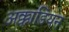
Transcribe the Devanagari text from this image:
अक्काडियन